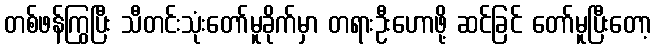
တစ်ဖန်ကြွပြီး သီတင်းသုံးတော်မူခိုက်မှာ တရားဦးဟောဖို့ ဆင်ခြင် တော်မူပြီးတော့